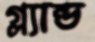
গ্ল্যান্ড